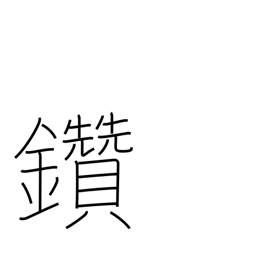
Meaning: make fire by rubbing sticks